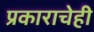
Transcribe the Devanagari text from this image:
प्रकाराचेही